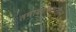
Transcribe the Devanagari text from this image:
तमाशापटातील